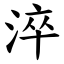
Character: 淬